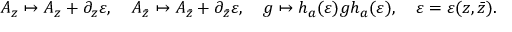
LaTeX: A _ { z } \mapsto A _ { z } + \partial _ { z } \varepsilon , ~ ~ ~ A _ { \bar { z } } \mapsto A _ { \bar { z } } + \partial _ { \bar { z } } \varepsilon , ~ ~ ~ g \mapsto h _ { a } ( \varepsilon ) g h _ { a } ( \varepsilon ) , ~ ~ ~ \varepsilon = \varepsilon ( z , \bar { z } ) .